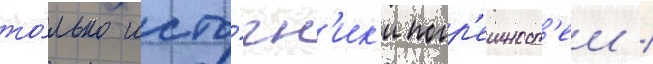
то́лько исто́чн'ик'и погр'ешност'еи /